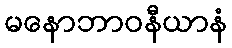
မနောဘာဝနီယာနံ